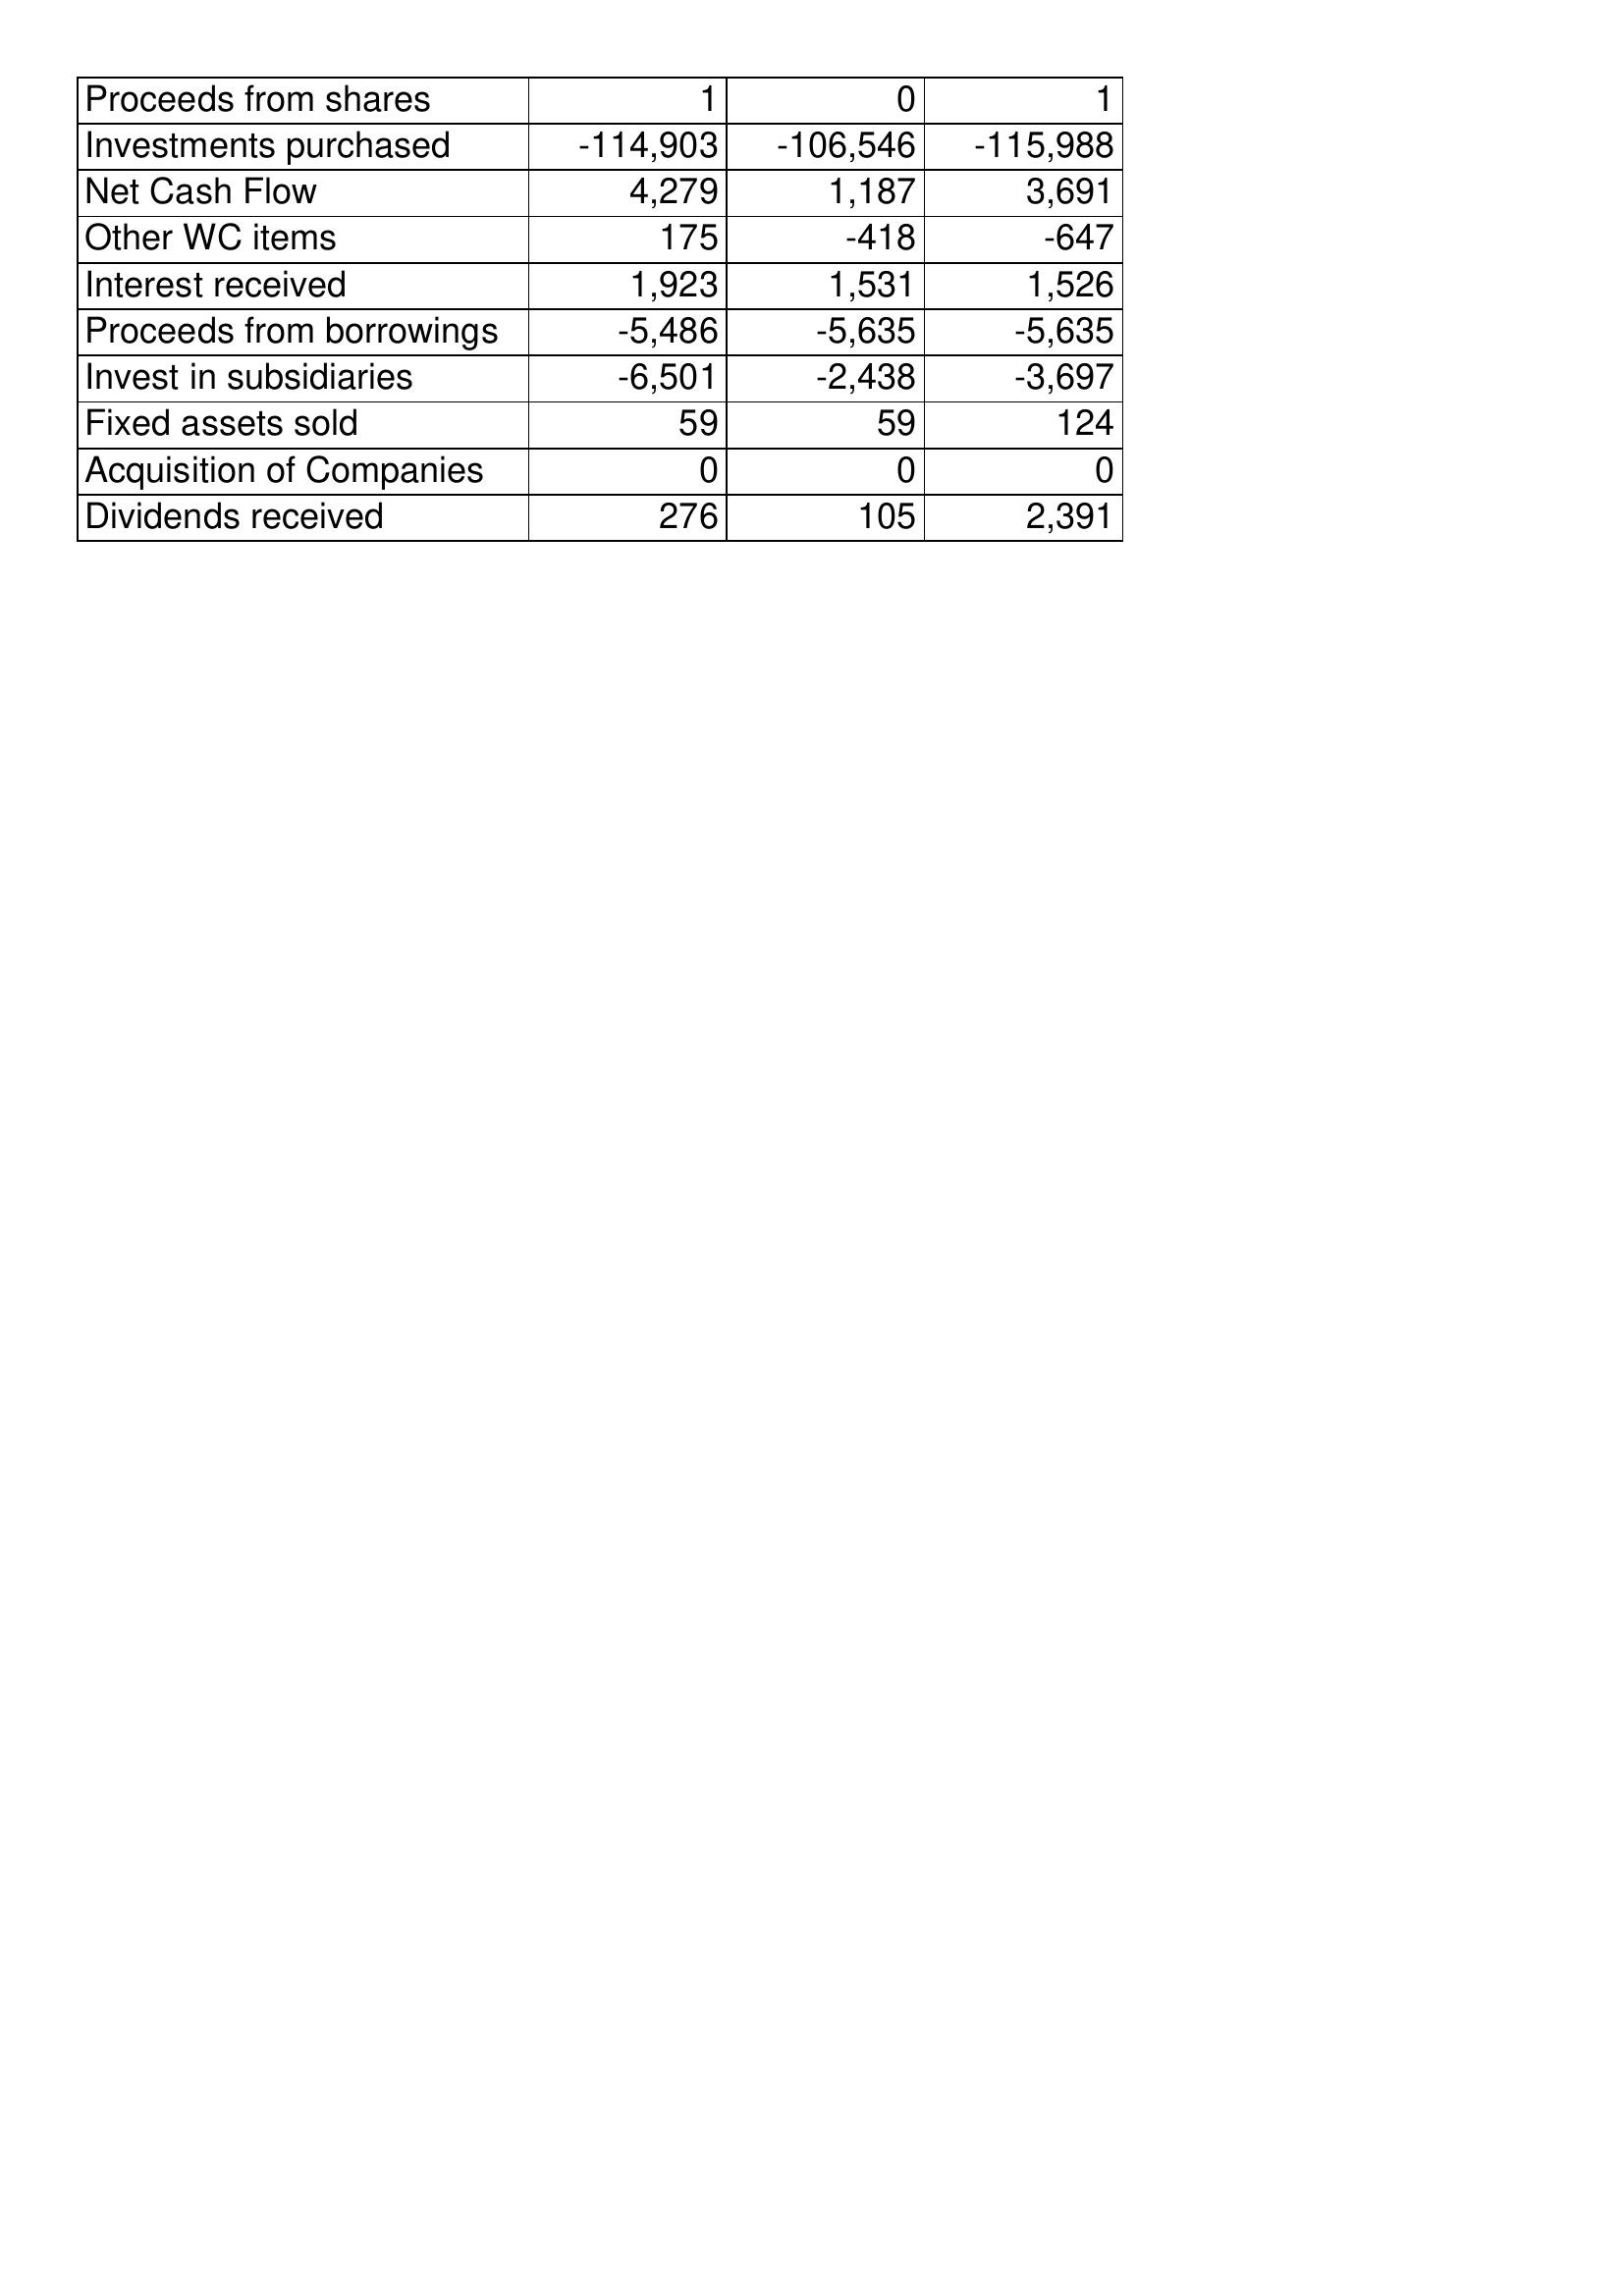
Apr-18: Cash Flows: Proceeds from shares: 1
Investments purchased: -114,903
Net Cash Flow: 4,279
Other WC items: 175
Interest received: 1,923
Proceeds from borrowings: -5,486
Invest in subsidiaries: -6,501
Fixed assets sold: 59
Acquisition of Companies: 0
Dividends received: 276
Apr-17: Cash Flows: Proceeds from shares: 0
Investments purchased: -106,546
Net Cash Flow: 1,187
Other WC items: -418
Interest received: 1,531
Proceeds from borrowings: -5,635
Invest in subsidiaries: -2,438
Fixed assets sold: 59
Acquisition of Companies: 0
Dividends received: 105
Apr-16: Cash Flows: Proceeds from shares: 1
Investments purchased: -115,988
Net Cash Flow: 3,691
Other WC items: -647
Interest received: 1,526
Proceeds from borrowings: -5,635
Invest in subsidiaries: -3,697
Fixed assets sold: 124
Acquisition of Companies: 0
Dividends received: 2,391